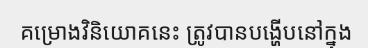
គម្រោងវិនិយោគនេះ ត្រូវបានបង្ហើបនៅក្នុង